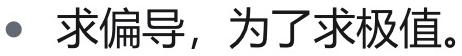
- 求偏导，为了求极值。